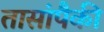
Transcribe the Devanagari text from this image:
तासांपैकी